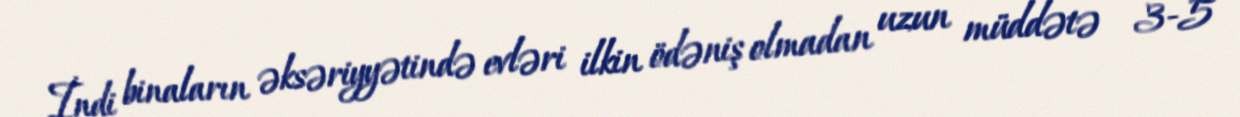
İndi binaların əksəriyyətində evləri ilkin ödəniş olmadan uzun müddətə - 3-5